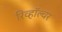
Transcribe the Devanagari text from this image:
रिव्हॉल्वर